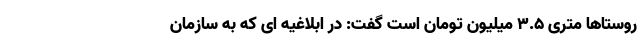
روستاها متری ۳.۵ میلیون تومان است گفت: در ابلاغیه ای که به سازمان